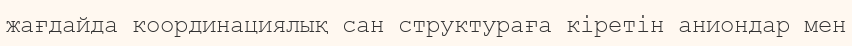
жағдайда координациялық сан структураға кіретін аниондар мен